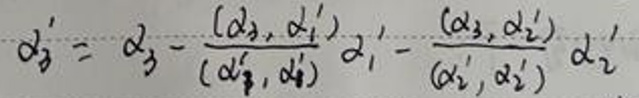
\(\alpha_{3}' = \alpha_{3}-\frac{(\alpha_{3},\alpha_{1}')}{(\alpha_{1}',\alpha_{1}')}\alpha_{1}'-\frac{(\alpha_{3},\alpha_{2}')}{(\alpha_{2}',\alpha_{2}')}\alpha_{2}'\)